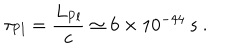
\tau _ { \mathrm { P l } } = \frac { L _ { \mathrm { P l } } } { c } \simeq 6 \times 1 0 ^ { - 4 4 } \ \mathrm { s } \ .